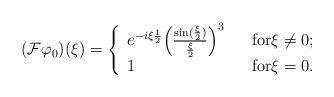
LaTeX: \begin{align*}( \mathcal{F} \varphi_{0} ) (\xi) = \left\{ \begin{array}{lll} e^{- i \xi \frac{1}{2}} \Big ( \frac{\sin(\frac{\xi}{2})}{\frac{\xi}{2}} \Big )^{3} & & \mbox{for} \xi \not = 0 ;\\ 1 & & \mbox{for} \xi = 0 .\\\end{array}\right.\end{align*}